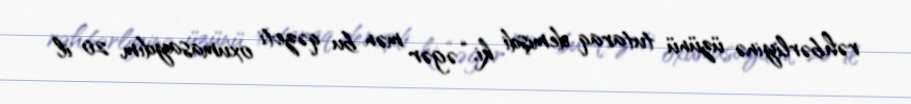
rəhbərliyinə üzünü tutaraq demişdi ki, “əgər mən bu qəzeti oxumasaydım, 20 il